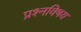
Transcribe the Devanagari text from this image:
प्रश्नविषय